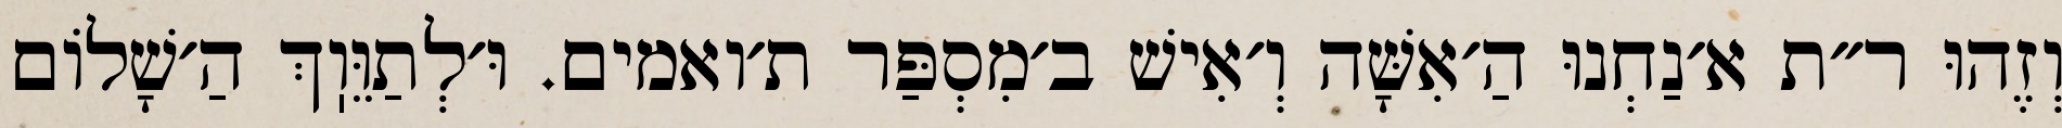
וְזֶהוּ ר״ת א׳נַחְנוּ הַ׳אִשָּׁה וְ׳אִישׁ ב׳מִסְפַּר ת׳ואמים. וּ׳לְתַוֵּוֽךְ הַ׳שָׁלוֹם